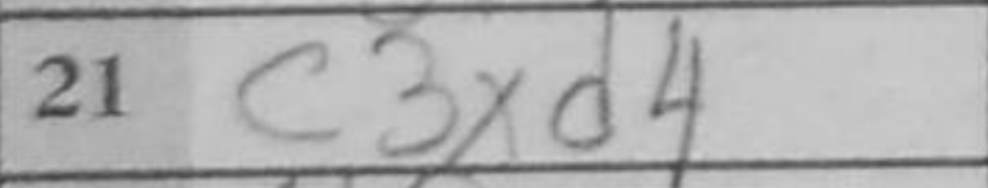
Transcription: c3xd4